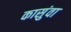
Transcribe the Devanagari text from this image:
कासुंवा